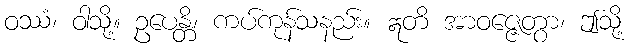
ဝဿံ၊ ဝါသို့။ ဥပေန္တိ၊ ကပ်ကုန်သနည်း။ ဣတိ အာဝဇ္ဇေတွာ၊ ဤသို့